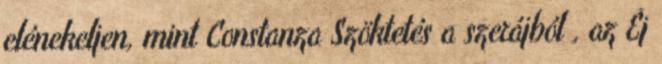
elénekeljen, mint Constanza Szöktetés a szerájból , az Éj